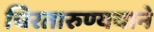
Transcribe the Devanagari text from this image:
चिरतारुण्ययाने